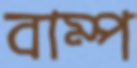
বাম্প